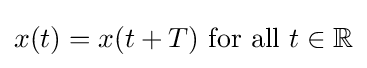
x(t)=x(t+T){\text{ for all }}t\in \mathbb {R}